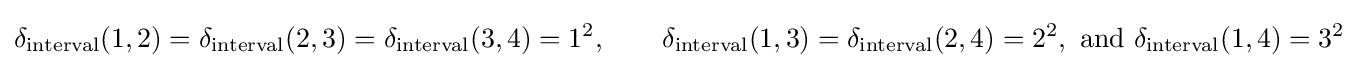
\delta _{\text{interval}}(1,2)=\delta _{\text{interval}}(2,3)=\delta _{\text{interval}}(3,4)=1^{2},\qquad \delta _{\text{interval}}(1,3)=\delta _{\text{interval}}(2,4)=2^{2},{\text{ and }}\delta _{\text{interval}}(1,4)=3^{2}